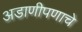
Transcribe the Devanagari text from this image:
अडाणीपणाचे